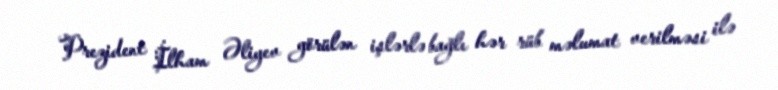
Prezident İlham Əliyev görülən işlərlə bağlı hər rüb məlumat verilməsi ilə